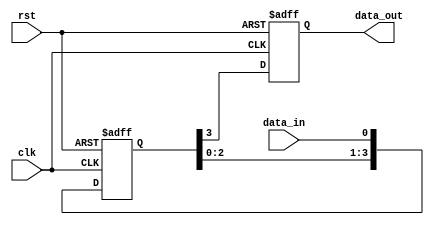
module Four_flop_synchronizer(
    input wire clk,
    input wire rst,
    input wire data_in,
    output reg data_out
);

reg [3:0] sync_data;

always @(posedge clk or negedge rst) begin
    if(~rst) begin
        sync_data <= 4'b0;
    end else begin
        sync_data <= {sync_data[2:0], data_in};
    end
end

always @(posedge clk or negedge rst) begin
    if(~rst) begin
        data_out <= 1'b0;
    end else begin
        data_out <= sync_data[3];
    end
end

endmodule